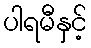
ပါရမီနှင့်